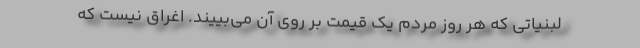
لبنیاتی که هر روز مردم یک قیمت بر روی آن می‌بییند. اغراق نیست که